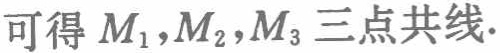
可得 \(M_1,M_2,M_3\) 三点共线.